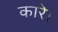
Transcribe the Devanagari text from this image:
कारे।